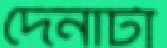
দেনাটা